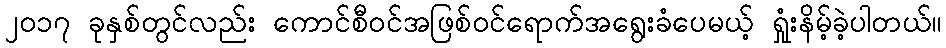
၂၀၁၇ ခုနှစ်တွင်လည်း ကောင်စီဝင်အဖြစ်ဝင်ရောက်အရွေးခံပေမယ့် ရှုံးနိမ့်ခဲ့ပါတယ်။